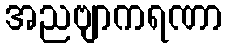
အညဗျာကရဏာ